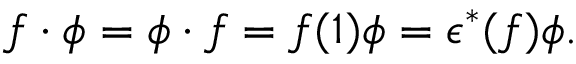
f \cdot \phi = \phi \cdot f = f ( 1 ) \phi = \epsilon ^ { * } ( f ) \phi .